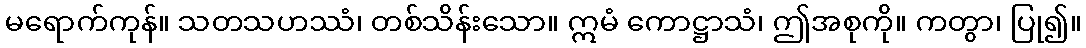
မရောက်ကုန်။ သတသဟဿံ၊ တစ်သိန်းသော။ ဣမံ ကောဋ္ဌာသံ၊ ဤအစုကို။ ကတွာ၊ ပြု၍။